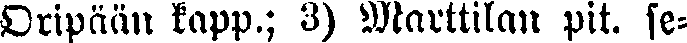
Oripään kapp.; 3) Marttilan pit. se-